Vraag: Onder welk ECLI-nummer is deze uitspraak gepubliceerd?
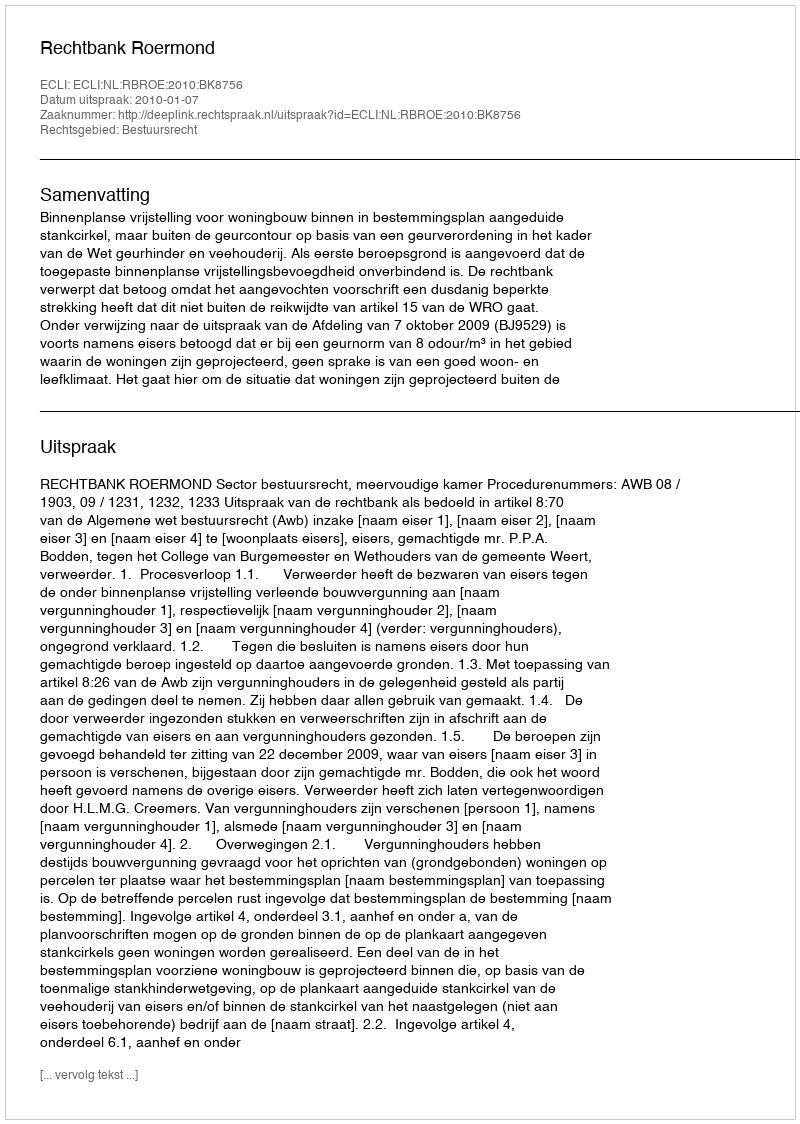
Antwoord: ECLI:NL:RBROE:2010:BK8756